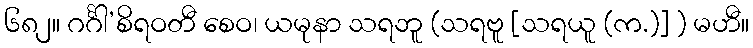
၆၈၂။ ဂင်္ဂါ’စိရဝတီ စေဝ၊ ယမုနာ သရဘူ (သရဗူ [သရယူ (က.)] ) မဟီ။